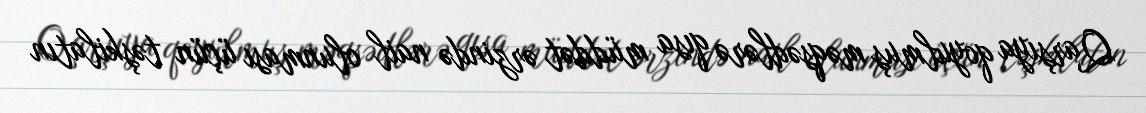
Qarşıya qoyulmuş məqsədlərə qısa müddət ərzində nail olunması üçün təşkilatın